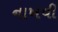
નાખવી